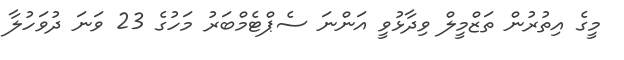
މީގެ އިތުރުން ތަޒްމީލް ވިދާޅުވީ އަންނަ ސެޕްޓެމްބަރު މަހުގެ 23 ވަނަ ދުވަހުލާ